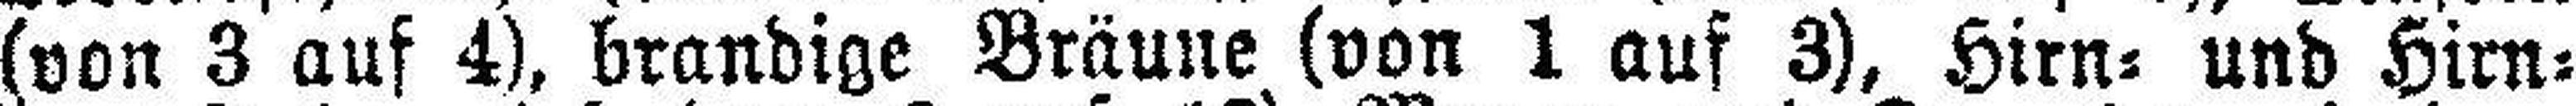
(von 3 auf 4), brandige Bräune (von 1 auf 3), Hirn= und Hirn¬